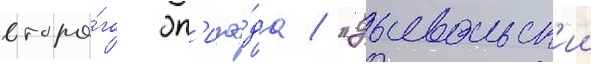
второ́го эп'изо́да / "дьявольск'ии